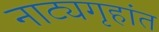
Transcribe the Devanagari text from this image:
नाट्यगृहांत